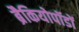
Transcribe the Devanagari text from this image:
ब्रैकियोपॉडों